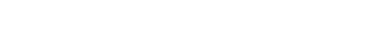
အရိယာပုဂ္ဂိုလ်တို့ အဆင့်ဆင့် ဖြစ်ရပုံများ။